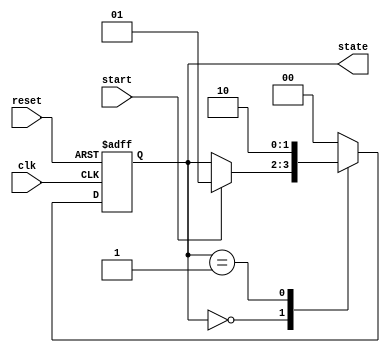
module fsm_example (
    input wire clk,
    input wire reset,
    input wire start,
    output reg [1:0] state // 2-bit state output
);

    // Define states
    parameter S0 = 2'b00;
    parameter S1 = 2'b01;
    parameter S2 = 2'b10;

    // Initial state
    initial begin
        state = S0; // Start in state S0
    end

    // Event control block
    always @ (posedge clk or posedge reset) begin
        if (reset) begin
            state <= S0; // Reset to initial state
        end else begin
            case (state)
                S0: begin
                    if (start) begin
                        state <= S1; // Transition to state S1 on start signal
                    end
                end
                S1: begin
                    // Example condition to transition to state S2
                    state <= S2; // Transition to state S2
                end
                S2: begin
                    // Return to S0 after some condition (for demonstration)
                    state <= S0; // Transition back to state S0
                end
                default: state <= S0; // Default to S0
            endcase
        end
    end

endmodule